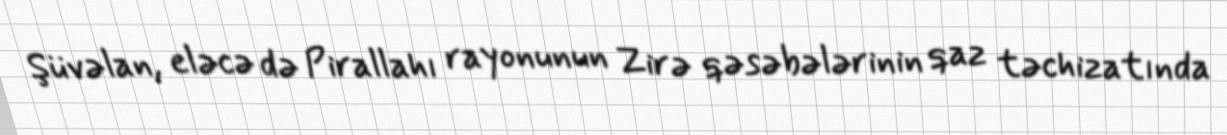
Şüvəlan, eləcə də Pirallahı rayonunun Zirə qəsəbələrinin qaz təchizatında